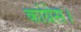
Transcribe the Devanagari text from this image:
कांग्रेस।